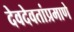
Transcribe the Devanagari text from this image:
देवदेवतांप्रमाणे